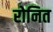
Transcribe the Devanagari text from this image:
रोनित